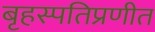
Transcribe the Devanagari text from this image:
बृहस्पतिप्रणीत